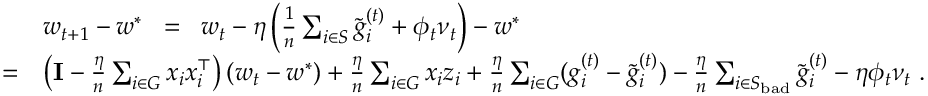
\begin{array} { r l } & { w _ { t + 1 } - w ^ { * } \; \; = \; \; w _ { t } - \eta \left( \frac { 1 } { n } \sum _ { i \in S } \tilde { g } _ { i } ^ { ( t ) } + \phi _ { t } \nu _ { t } \right) - w ^ { * } } \\ { = } & { \left( \mathbf { I } - \frac { \eta } { n } \sum _ { i \in G } x _ { i } x _ { i } ^ { \top } \right) ( w _ { t } - w ^ { * } ) + \frac { \eta } { n } \sum _ { i \in G } x _ { i } z _ { i } + \frac { \eta } { n } \sum _ { i \in G } ( g _ { i } ^ { ( t ) } - \tilde { g } _ { i } ^ { ( t ) } ) - \frac { \eta } { n } \sum _ { i \in S _ { \mathrm { b a d } } } \tilde { g } _ { i } ^ { ( t ) } - \eta \phi _ { t } \nu _ { t } \; . } \end{array}